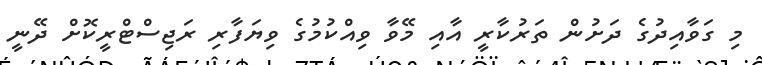
މި ގަވާއިދުގެ ދަށުން ތަރުކާރީ އާއި މޭވާ ވިއްކުމުގެ ވިޔަފާރި ރަޖިސްޓްރީކޮޮށް ދޭނީ